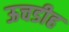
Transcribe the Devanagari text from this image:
ऊचडीह